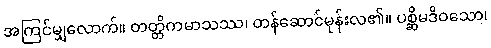
အကြင်မျှလောက်။ တတ္တိကမာသဿ၊ တန်ဆောင်မုန်းလ၏။ ပစ္ဆိမဒိဝသော၊